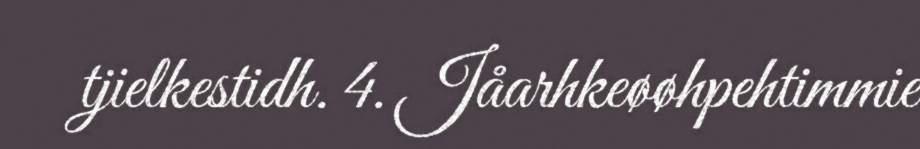
tjielkestidh. 4. Jåarhkeøøhpehtimmie